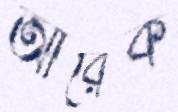
আরেক